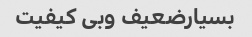
بسیارضعیف وبی کیفیت